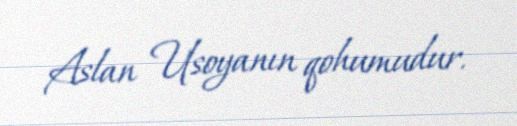
Aslan Usoyanın qohumudur.